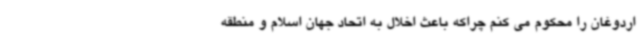
اردوغان را محکوم می کنم چراکه باعث اخلال به اتحاد جهان اسلام و منطقه